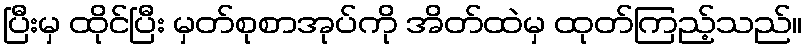
ပြီးမှ ထိုင်ပြီး မှတ်စုစာအုပ်ကို အိတ်ထဲမှ ထုတ်ကြည့်သည်။